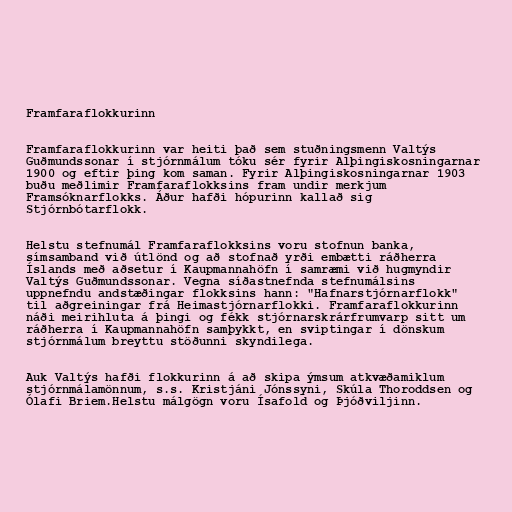
Framfaraflokkurinn

Framfaraflokkurinn var heiti það sem stuðningsmenn Valtýs
Guðmundssonar í stjórnmálum tóku sér fyrir Alþingiskosningarnar
1900 og eftir þing kom saman. Fyrir Alþingiskosningarnar 1903
buðu meðlimir Framfaraflokksins fram undir merkjum
Framsóknarflokks. Áður hafði hópurinn kallað sig
Stjórnbótarflokk.

Helstu stefnumál Framfaraflokksins voru stofnun banka,
símsamband við útlönd og að stofnað yrði embætti ráðherra
Íslands með aðsetur í Kaupmannahöfn í samræmi við hugmyndir
Valtýs Guðmundssonar. Vegna síðastnefnda stefnumálsins
uppnefndu andstæðingar flokksins hann: "Hafnarstjórnarflokk"
til aðgreiningar frá Heimastjórnarflokki. Framfaraflokkurinn
náði meirihluta á þingi og fékk stjórnarskrárfrumvarp sitt um
ráðherra í Kaupmannahöfn samþykkt, en sviptingar í dönskum
stjórnmálum breyttu stöðunni skyndilega.

Auk Valtýs hafði flokkurinn á að skipa ýmsum atkvæðamiklum
stjórnmálamönnum, s.s. Kristjáni Jónssyni, Skúla Thoroddsen og
Ólafi Briem.Helstu málgögn voru Ísafold og Þjóðviljinn.